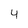
Character: 4